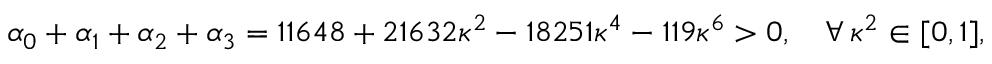
\alpha _ { 0 } + \alpha _ { 1 } + \alpha _ { 2 } + \alpha _ { 3 } = 1 1 6 4 8 + 2 1 6 3 2 \kappa ^ { 2 } - 1 8 2 5 1 \kappa ^ { 4 } - 1 1 9 \kappa ^ { 6 } > 0 , \quad \forall \, \kappa ^ { 2 } \in [ 0 , 1 ] ,